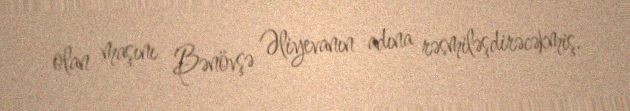
olan maşını Bənövşə Əliyevanın adına rəsmiləşdirəcəkmiş.